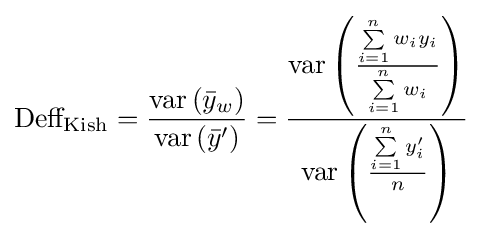
{\text{Deff}}_{\text{Kish}}={\frac {{\text{var}}\left({\bar {y}}_{w}\right)}{{\text{var}}\left({\bar {y}}'\right)}}={\frac {{\text{var}}\left({\frac {\sum \limits _{i=1}^{n}w_{i}y_{i}}{\sum \limits _{i=1}^{n}w_{i}}}\right)}{{\text{var}}\left({\frac {\sum \limits _{i=1}^{n}y_{i}'}{n}}\right)}}